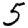
Digit: 5